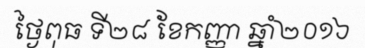
ថ្ងៃពុធ ទី២៨ ខែកញ្ញា ឆ្នាំ២០១៦